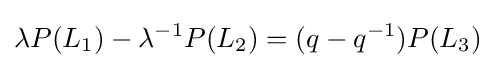
\lambda P(L_{1})-\lambda ^{-1}P(L_{2})=(q-q^{-1})P(L_{3})